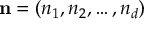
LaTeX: \mathbf { n } = ( n _ { 1 } , n _ { 2 } , \ldots , n _ { d } )